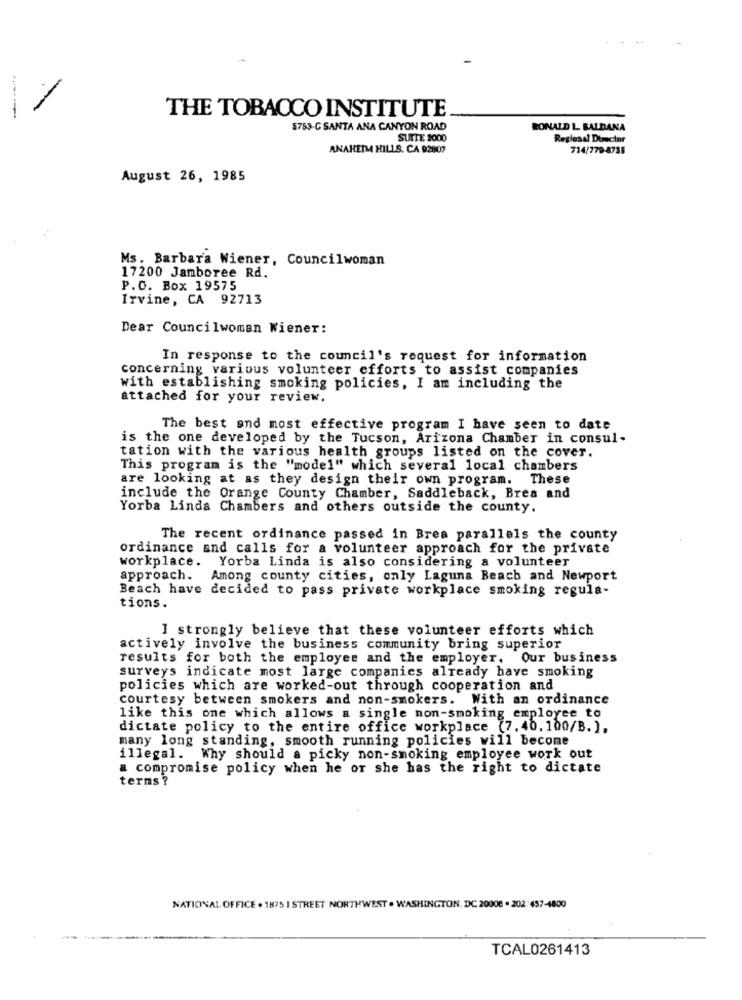
-
THE TOBACCO INSTITUTE
----
5753-C SANTA ANA CANYON ROAD
RONALD L. SALDANA
SUITE 2000
Reglesal Dbecter
ANAHEIMA HILLS, CA 92807
714/779-8738
August 26, 1985
Ms. Barbara Wiener, Councilwoman
17200 Jamboree Rd.
P.O. Box 19575
Irvine, CA 92713
Dear Councilwoman Wiener:
In response to the council's request for information
concerning various volunteer efforts to assist companies
with establishing smoking policies, I am including the
attached for your review.
The best and most effective program I have seen to date
is the one developed by the Tucson, Arizona Chamber in consul-
tation with the various health groups listed on the cover.
This program is the "model" which several local chambers
are looking at as they design their own program. These
include the Orange County Chamber, Saddleback, Brea and
Yorba Linda Chambers and others outside the county.
The recent ordinance passed in Brea parallels the county
ordinance and calls for a volunteer approach for the private
workplace. Yorba Linda is also considering a volunteer
approach. Among county cities, only Laguna Beach and Newport
Beach have decided to pass private workplace smoking regula-
tions.
I strongly believe that these volunteer efforts which
actively involve the business community bring superior
results for both the employee and the employer. Our business
surveys indicate most large companies already have smoking
policies which are worked-out through cooperation and
courtesy between smokers and non-smokers. With an ordinance
like this one which allows a single non-smoking employee to
dictate policy to the entire office workplace (7.40. 100/B.],
many long standing, smooth running policies will become
illegal. Why should a picky non-smoking employee work out
a compromise policy when he or she has the right to dictate
terms ?
NATIONAL OFFICE . 1875 I STREET NORTHWEST . WASHINGTON, DC 20006 . 202: 457-4800
TCAL0261413